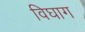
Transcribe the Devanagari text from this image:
विघाग